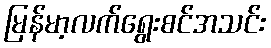
မြန်မာ့လက်ရွေးစင်အသင်း